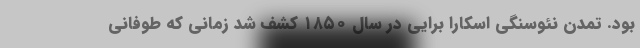
بود. تمدن نئوسنگی اسکارا برایی در سال ۱۸۵۰ کشف شد زمانی که طوفانی